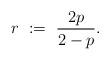
LaTeX: \begin{align*}r\ :=\ \frac{2p}{2-p}.\end{align*}